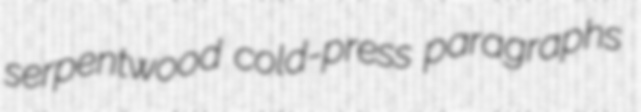
serpentwood cold-press paragraphs